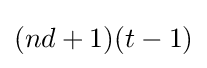
(nd+1)(t-1)